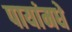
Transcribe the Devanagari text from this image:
पायांमधे